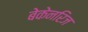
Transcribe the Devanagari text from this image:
बेकेनरिज